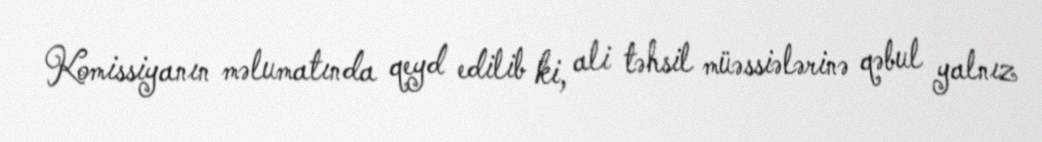
Komissiyanın məlumatında qeyd edilib ki, ali təhsil müəssiələrinə qəbul yalnız